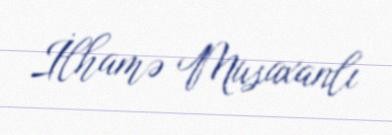
İlhamə Musaxanlı